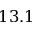
1 3 . 1